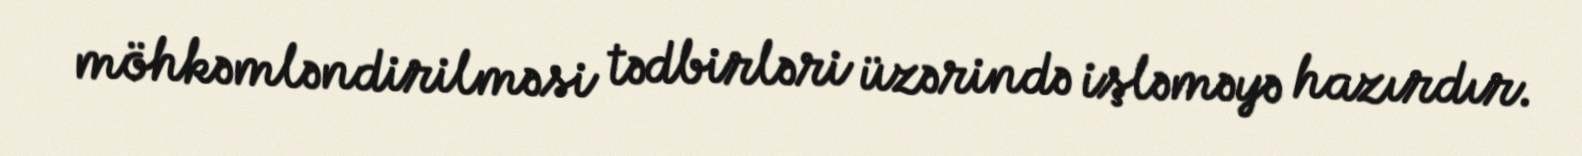
möhkəmləndirilməsi tədbirləri üzərində işləməyə hazırdır.